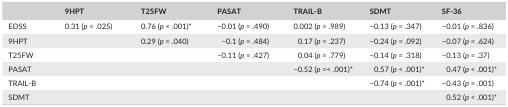
<table><thead><tr><td></td><td><b>9HPT</b></td><td><b>T25FW</b></td><td><b>PASAT</b></td><td><b>TRAIL‐B</b></td><td><b>SDMT</b></td><td><b>SF‐36</b></td></tr></thead><tbody><tr><td>EDSS</td><td>0.31 (<i>p </i>= .025)</td><td>0.76 (<i>p </i>&lt; .001)a</td><td>−0.01 (<i>p </i>= .490)</td><td>0.002 (<i>p </i>= .989)</td><td>−0.13 (<i>p </i>= .347)</td><td>−0.01 (<i>p </i>= .836)</td></tr><tr><td>9HPT</td><td></td><td>0.29 (<i>p </i>= .040)</td><td>−0.1 (<i>p </i>= .484)</td><td>0.17 (<i>p </i>= .237)</td><td>−0.24 (<i>p </i>= .092)</td><td>−0.07 (<i>p </i>= .624)</td></tr><tr><td>T25FW</td><td></td><td></td><td>−0.11 (<i>p </i>= .427)</td><td>0.04 (<i>p </i>= .779)</td><td>−0.14 (<i>p </i>= .318)</td><td>−0.13 (<i>p </i>= .37)</td></tr><tr><td>PASAT</td><td></td><td></td><td></td><td>−0.52 (<i>p </i>=&lt; .001)a</td><td>0.57 (<i>p </i>&lt; .001)a</td><td>0.47 (<i>p </i>&lt; .001)a</td></tr><tr><td>TRAIL‐B</td><td></td><td></td><td></td><td></td><td>−0.74 (<i>p </i>&lt; .001)a</td><td>−0.43 (<i>p </i>= .001)</td></tr><tr><td>SDMT</td><td></td><td></td><td></td><td></td><td></td><td>0.52 (<i>p </i>&lt; .001)a</td></tr></tbody></table>